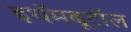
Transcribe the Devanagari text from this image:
इथॅमबूटॉल